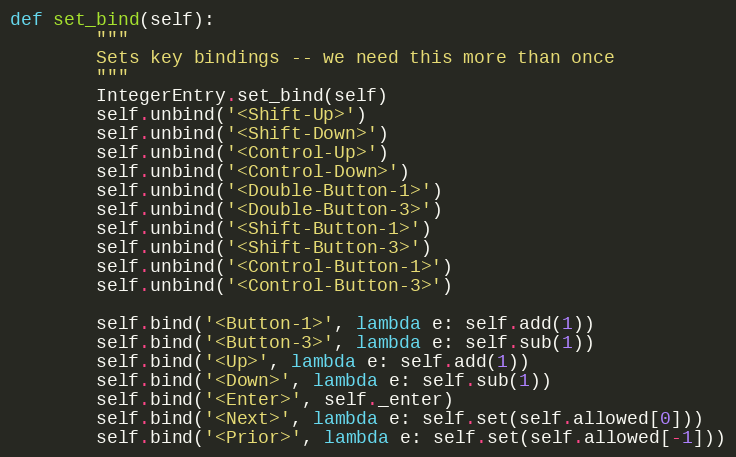
Language: Python
def set_bind(self):
        """
        Sets key bindings -- we need this more than once
        """
        IntegerEntry.set_bind(self)
        self.unbind('<Shift-Up>')
        self.unbind('<Shift-Down>')
        self.unbind('<Control-Up>')
        self.unbind('<Control-Down>')
        self.unbind('<Double-Button-1>')
        self.unbind('<Double-Button-3>')
        self.unbind('<Shift-Button-1>')
        self.unbind('<Shift-Button-3>')
        self.unbind('<Control-Button-1>')
        self.unbind('<Control-Button-3>')

        self.bind('<Button-1>', lambda e: self.add(1))
        self.bind('<Button-3>', lambda e: self.sub(1))
        self.bind('<Up>', lambda e: self.add(1))
        self.bind('<Down>', lambda e: self.sub(1))
        self.bind('<Enter>', self._enter)
        self.bind('<Next>', lambda e: self.set(self.allowed[0]))
        self.bind('<Prior>', lambda e: self.set(self.allowed[-1]))